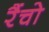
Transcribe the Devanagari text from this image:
रैंचो